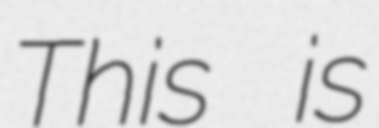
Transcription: This is